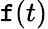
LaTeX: \mathtt{f}(t)